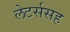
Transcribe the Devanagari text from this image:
लेटर्ससह